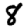
Digit: 8